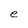
Character: e